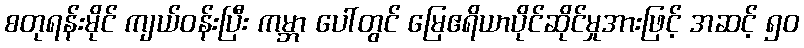
စတုရန်းမိုင် ကျယ်ဝန်းပြီး ကမ္ဘာ ပေါ်တွင် မြေဧရိယာပိုင်ဆိုင်မှုအားဖြင့် အဆင့် ၅၀